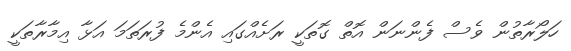
ހަލޯރާތުން ވެސް ފެންނަން އޮތް ގޮތަކީ ރަަށެއްގައި އެންމެ ފުރަތަމަ އަޅާ އިމާރާތަކީ